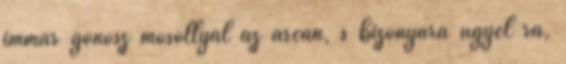
immár gonosz mosollyal az arcán, s bizonyára ügyel rá,